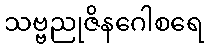
သဗ္ဗညုဇိနဂေါစရေ